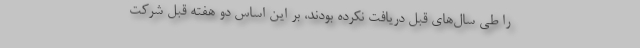
را طی سال‌های قبل دریافت نکرده بودند، بر این اساس دو هفته قبل شرکت